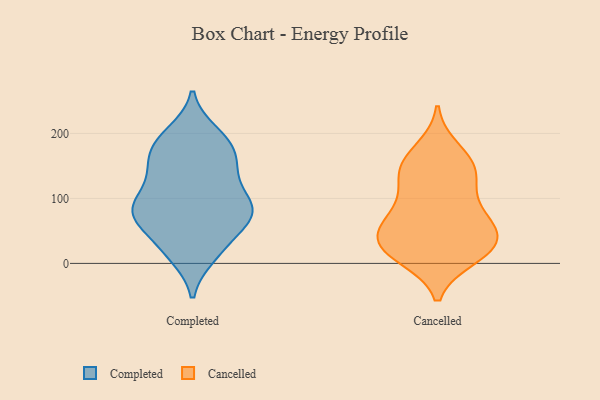
{"axis": {"x": "Gross Profit (USD K)", "y": "Value"}, "legend": ["Cancelled", "Completed"], "data": [{"x": "", "y": 74, "type": "Completed"}, {"x": "", "y": 144, "type": "Completed"}, {"x": "", "y": 74, "type": "Completed"}, {"x": "", "y": 59, "type": "Completed"}, {"x": "", "y": 191, "type": "Completed"}, {"x": "", "y": 36, "type": "Completed"}, {"x": "", "y": 179, "type": "Completed"}, {"x": "", "y": 79, "type": "Completed"}, {"x": "", "y": 175, "type": "Completed"}, {"x": "", "y": 12, "type": "Completed"}, {"x": "", "y": 94, "type": "Completed"}, {"x": "", "y": 16, "type": "Completed"}, {"x": "", "y": 87, "type": "Completed"}, {"x": "", "y": 200, "type": "Completed"}, {"x": "", "y": 147, "type": "Completed"}, {"x": "", "y": 109, "type": "Completed"}, {"x": "", "y": 82, "type": "Completed"}, {"x": "", "y": 143, "type": "Completed"}, {"x": "", "y": 20, "type": "Cancelled"}, {"x": "", "y": 53, "type": "Cancelled"}, {"x": "", "y": 21, "type": "Cancelled"}, {"x": "", "y": 10, "type": "Cancelled"}, {"x": "", "y": 32, "type": "Cancelled"}, {"x": "", "y": 16, "type": "Cancelled"}, {"x": "", "y": 146, "type": "Cancelled"}, {"x": "", "y": 134, "type": "Cancelled"}, {"x": "", "y": 175, "type": "Cancelled"}, {"x": "", "y": 33, "type": "Cancelled"}, {"x": "", "y": 113, "type": "Cancelled"}, {"x": "", "y": 75, "type": "Cancelled"}, {"x": "", "y": 56, "type": "Cancelled"}, {"x": "", "y": 143, "type": "Cancelled"}, {"x": "", "y": 157, "type": "Cancelled"}, {"x": "", "y": 59, "type": "Cancelled"}, {"x": "", "y": 84, "type": "Cancelled"}]}